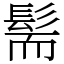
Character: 髵